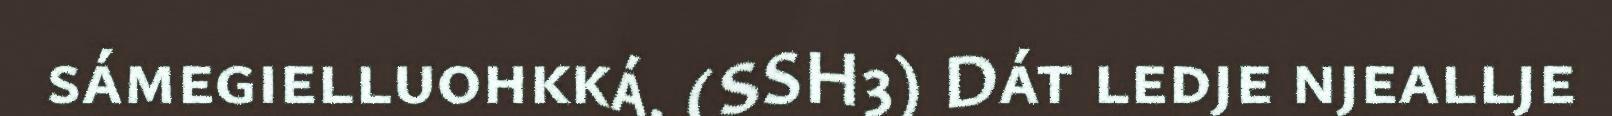
sámegielluohkká. (SSH3) Dát ledje njeallje